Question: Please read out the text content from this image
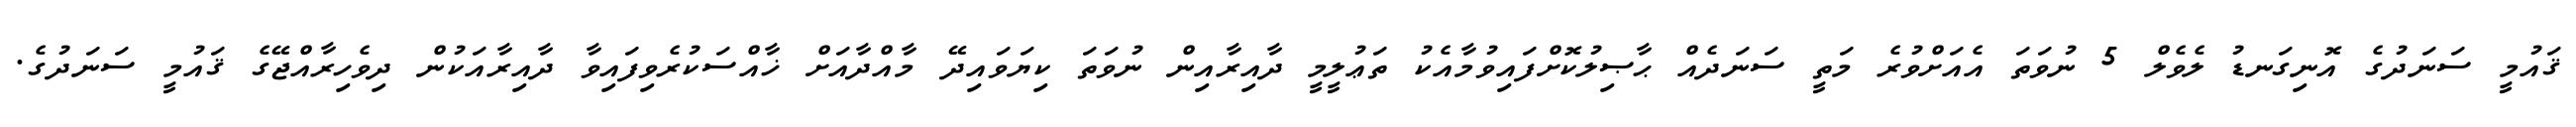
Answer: ޤައުމީ ސަނަދުގެ އޮނިގަނޑު ލެވެލް 5 ނުވަތަ އެއަށްވުރެ މަތީ ސަނަދެއް ޙާޞިލުކޮށްފައިވުމާއެކު ތަޢުލީމީ ދާއިރާއިން ނުވަތަ ކިޔަވައިދޭ މާއްދާއަށް ޚާއްސަކުރެވިފައިވާ ދާއިރާއަކުން ދިވެހިރާއްޖޭގެ ޤައުމީ ސަނަދުގެ.